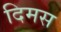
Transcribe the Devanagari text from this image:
दिमस